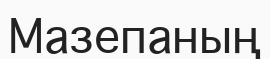
Мазепаның